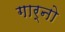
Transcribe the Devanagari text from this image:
गार्नो